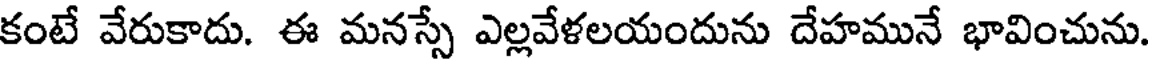
కంటే వేరుకాదు. ఈ మనస్సే ఎల్లవేళలయందును దేహమునే భావించును.